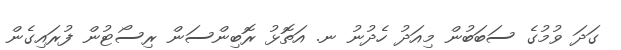
ގަދަ ވުމުގެ ސަބަބުން މިއަދު ހެދުނު ނ. އަތޮޅު ރޮބިންސަން ރިސޯޓުން ފުރައިގެން